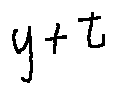
y + t